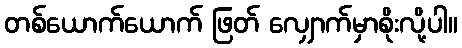
တစ်ယောက်ယောက် ဖြတ် လျှောက်မှာစိုးလို့ပါ။